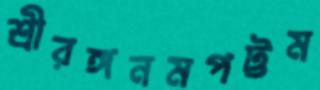
শ্রীরঙ্গনমপট্টম